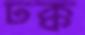
ঢক্ক